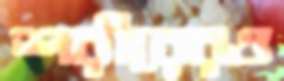
শরীরেরও